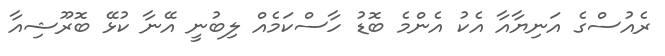
ރެއުސްގެ އަނިޔާއާ އެކު އެންމެ ބޮޑު ހާސްކަމެއް ލިބުނީ އޭނާ ކުޅޭ ބޮރޫޝިއާ